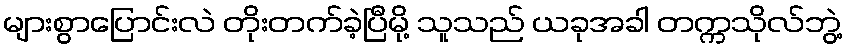
များစွာပြောင်းလဲ တိုးတက်ခဲ့ပြီမို့ သူသည် ယခုအခါ တက္ကသိုလ်ဘွဲ့